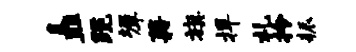
矗跪墀藉旗捍札拎耨